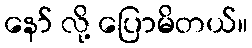
နော် လို့ ပြောမိတယ်။